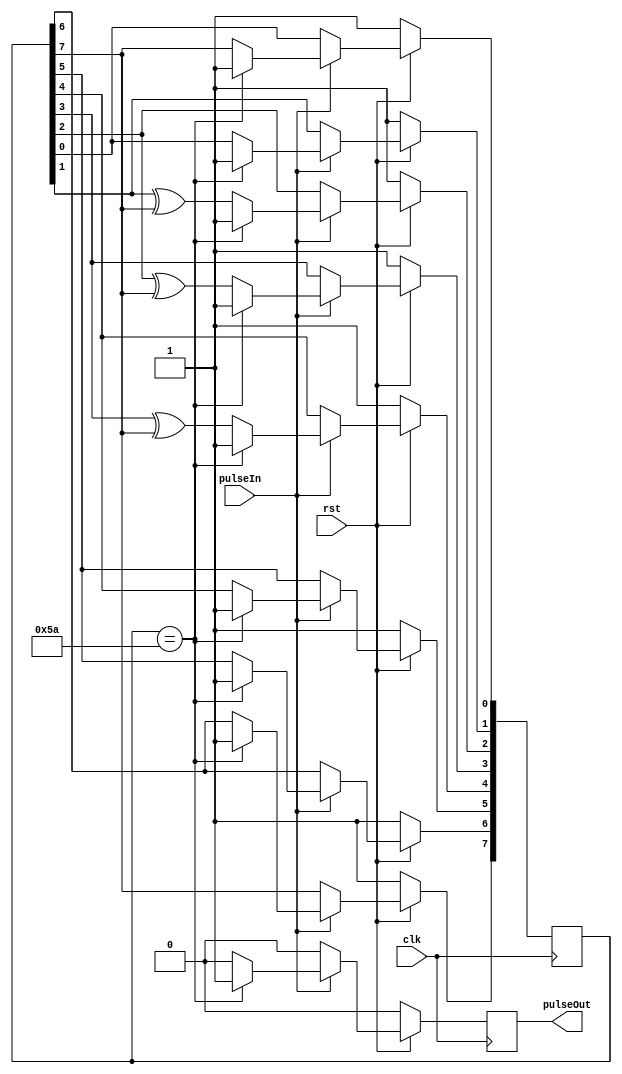
/*
100 millisecond timer based on millisecond timer
*/

module hundredMillisecondTimer(pulseIn, clk, rst, pulseOut);

	input pulseIn, clk, rst;
	output wire pulseOut;
	reg pulse;

	reg [7:0] LFSR;
  	wire feedback = LFSR[7];


	always @ (posedge clk)
		begin
			if(rst == 0)
				begin
					LFSR <= 8'b11111111;
					pulse <= 0;
				end
			else 
				begin
					if(pulseIn == 1)
						begin
							if(LFSR == 8'b01011010)
								begin
									LFSR <= 8'b11111111;
									pulse <= 1;
								end
							else 
								begin
									LFSR[0] <= feedback;
		    						LFSR[1] <= LFSR[0];
		    						LFSR[2] <= LFSR[1] ^ feedback;
		    						LFSR[3] <= LFSR[2] ^ feedback;
		    						LFSR[4] <= LFSR[3] ^ feedback;
		    						LFSR[5] <= LFSR[4];
								    LFSR[6] <= LFSR[5];
								    LFSR[7] <= LFSR[6];
									pulse <= 0;
								end
						end
					else 
						begin
							pulse <= 0;
						end
				end
		end
	assign pulseOut = pulse;
endmodule